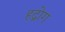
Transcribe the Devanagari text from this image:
हद्रोग